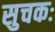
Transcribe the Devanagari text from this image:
सुचकः